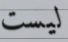
ليست